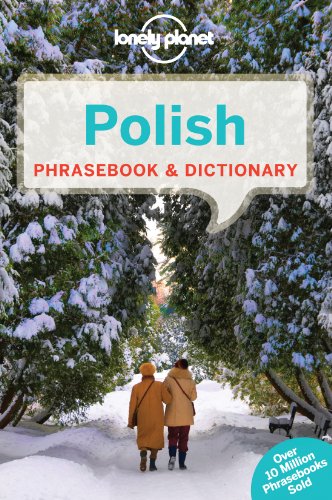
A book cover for Lonely Planet Polish Phrasebook & Dictionary; Lonely Planet; Travel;